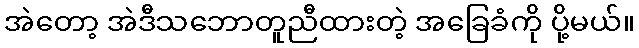
အဲတော့ အဲဒီသဘောတူညီထားတဲ့ အခြေခံကို ပို့မယ်။